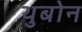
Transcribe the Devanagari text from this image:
थुबोन